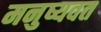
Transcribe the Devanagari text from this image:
मनुष्यवत